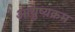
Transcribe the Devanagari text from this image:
आयुष्य़क्रम